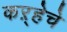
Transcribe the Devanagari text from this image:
कऱ्हेचे